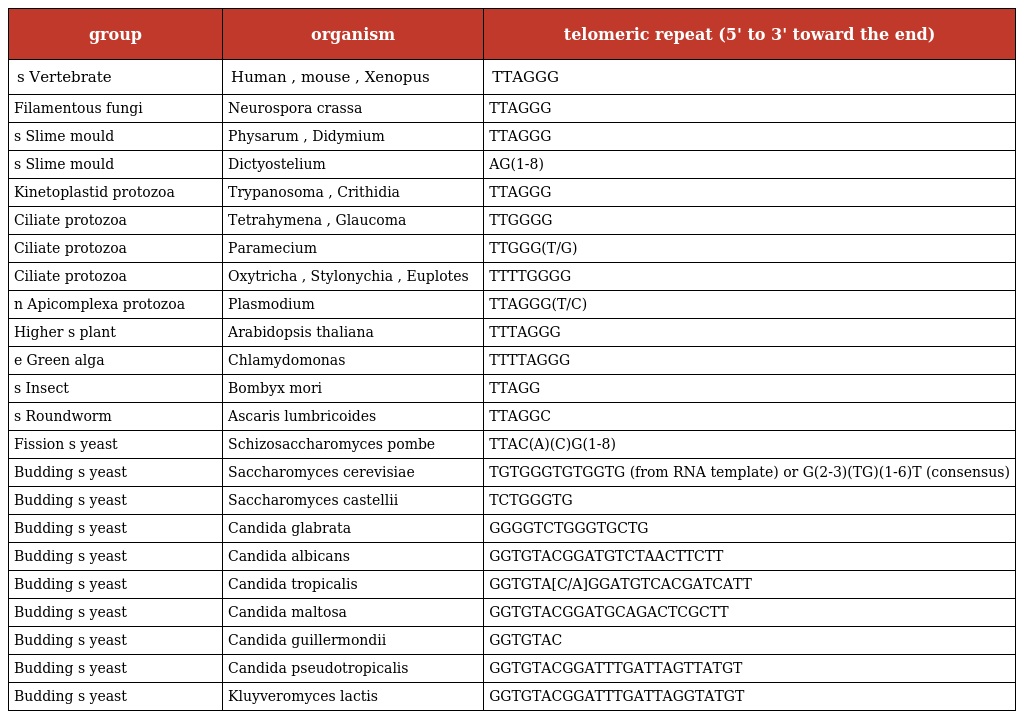
| group | organism | telomeric repeat (5' to 3' toward the end) |
 | --- | --- | --- |
 | s Vertebrate | Human , mouse , Xenopus | TTAGGG |
 | Filamentous fungi | Neurospora crassa | TTAGGG |
 | s Slime mould | Physarum , Didymium | TTAGGG |
 | s Slime mould | Dictyostelium | AG(1-8) |
 | Kinetoplastid protozoa | Trypanosoma , Crithidia | TTAGGG |
 | Ciliate protozoa | Tetrahymena , Glaucoma | TTGGGG |
 | Ciliate protozoa | Paramecium | TTGGG(T/G) |
 | Ciliate protozoa | Oxytricha , Stylonychia , Euplotes | TTTTGGGG |
 | n Apicomplexa protozoa | Plasmodium | TTAGGG(T/C) |
 | Higher s plant | Arabidopsis thaliana | TTTAGGG |
 | e Green alga | Chlamydomonas | TTTTAGGG |
 | s Insect | Bombyx mori | TTAGG |
 | s Roundworm | Ascaris lumbricoides | TTAGGC |
 | Fission s yeast | Schizosaccharomyces pombe | TTAC(A)(C)G(1-8) |
 | Budding s yeast | Saccharomyces cerevisiae | TGTGGGTGTGGTG (from RNA template) or G(2-3)(TG)(1-6)T (consensus) |
 | Budding s yeast | Saccharomyces castellii | TCTGGGTG |
 | Budding s yeast | Candida glabrata | GGGGTCTGGGTGCTG |
 | Budding s yeast | Candida albicans | GGTGTACGGATGTCTAACTTCTT |
 | Budding s yeast | Candida tropicalis | GGTGTA[C/A]GGATGTCACGATCATT |
 | Budding s yeast | Candida maltosa | GGTGTACGGATGCAGACTCGCTT |
 | Budding s yeast | Candida guillermondii | GGTGTAC |
 | Budding s yeast | Candida pseudotropicalis | GGTGTACGGATTTGATTAGTTATGT |
 | Budding s yeast | Kluyveromyces lactis | GGTGTACGGATTTGATTAGGTATGT |